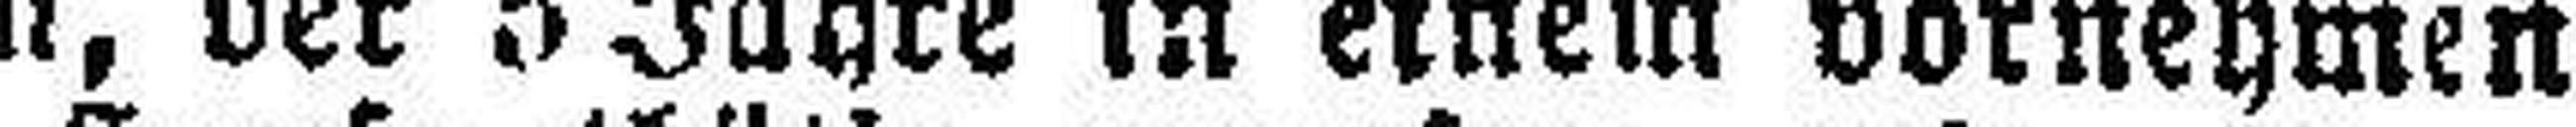
in Wien, der 5 Jahre in einem vornehmen